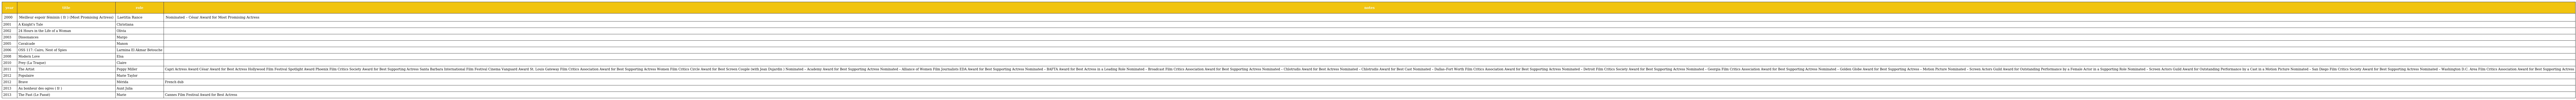
| year | title | role | notes |
 | --- | --- | --- | --- |
 | 2000 | Meilleur espoir féminin ( fr ) (Most Promising Actress) | Laetitia Rance | Nominated – César Award for Most Promising Actress |
 | 2001 | A Knight's Tale | Christiana |  |
 | 2002 | 24 Hours in the Life of a Woman | Olivia |  |
 | 2003 | Dissonances | Margo |  |
 | 2005 | Cavalcade | Manon |  |
 | 2006 | OSS 117: Cairo, Nest of Spies | Larmina El Akmar Betouche |  |
 | 2008 | Modern Love | Elsa |  |
 | 2010 | Prey (La Traque) | Claire |  |
 | 2011 | The Artist | Peppy Miller | Capri Actress Award César Award for Best Actress Hollywood Film Festival Spotlight Award Phoenix Film Critics Society Award for Best Supporting Actress Santa Barbara International Film Festival Cinema Vanguard Award St. Louis Gateway Film Critics Association Award for Best Supporting Actress Women Film Critics Circle Award for Best Screen Couple (with Jean Dujardin ) Nominated – Academy Award for Best Supporting Actress Nominated – Alliance of Women Film Journalists EDA Award for Best Supporting Actress Nominated – BAFTA Award for Best Actress in a Leading Role Nominated – Broadcast Film Critics Association Award for Best Supporting Actress Nominated – Chlotrudis Award for Best Actress Nominated – Chlotrudis Award for Best Cast Nominated – Dallas–Fort Worth Film Critics Association Award for Best Supporting Actress Nominated – Detroit Film Critics Society Award for Best Supporting Actress Nominated – Georgia Film Critics Association Award for Best Supporting Actress Nominated – Golden Globe Award for Best Supporting Actress – Motion Picture Nominated – Screen Actors Guild Award for Outstanding Performance by a Female Actor in a Supporting Role Nominated – Screen Actors Guild Award for Outstanding Performance by a Cast in a Motion Picture Nominated – San Diego Film Critics Society Award for Best Supporting Actress Nominated – Washington D.C. Area Film Critics Association Award for Best Supporting Actress |
 | 2012 | Populaire | Marie Taylor |  |
 | 2012 | Brave | Mérida | French dub |
 | 2013 | Au bonheur des ogres ( fr ) | Aunt Julia |  |
 | 2013 | The Past (Le Passé) | Marie | Cannes Film Festival Award for Best Actress |